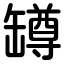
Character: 罇